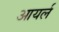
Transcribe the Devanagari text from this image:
आयर्ल